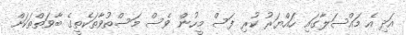
އަދި އެ މައްސަލާގައި ހައްޔަރު ކުރި ފަސް މީހުން ވެސް މަސްތުވާތަކެތީގެ ބާވަތްތަކަށް